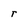
Character: r